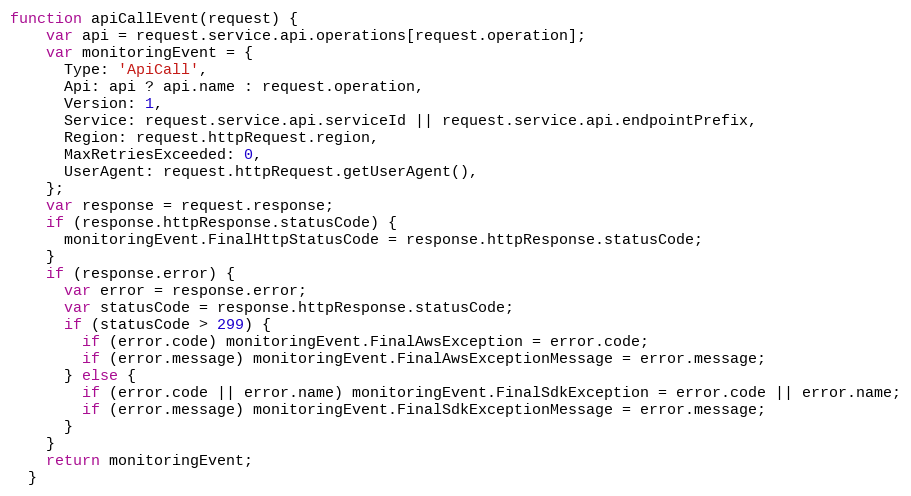
Language: JavaScript
function apiCallEvent(request) {
    var api = request.service.api.operations[request.operation];
    var monitoringEvent = {
      Type: 'ApiCall',
      Api: api ? api.name : request.operation,
      Version: 1,
      Service: request.service.api.serviceId || request.service.api.endpointPrefix,
      Region: request.httpRequest.region,
      MaxRetriesExceeded: 0,
      UserAgent: request.httpRequest.getUserAgent(),
    };
    var response = request.response;
    if (response.httpResponse.statusCode) {
      monitoringEvent.FinalHttpStatusCode = response.httpResponse.statusCode;
    }
    if (response.error) {
      var error = response.error;
      var statusCode = response.httpResponse.statusCode;
      if (statusCode > 299) {
        if (error.code) monitoringEvent.FinalAwsException = error.code;
        if (error.message) monitoringEvent.FinalAwsExceptionMessage = error.message;
      } else {
        if (error.code || error.name) monitoringEvent.FinalSdkException = error.code || error.name;
        if (error.message) monitoringEvent.FinalSdkExceptionMessage = error.message;
      }
    }
    return monitoringEvent;
  }